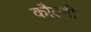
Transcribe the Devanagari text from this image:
कौल्गी